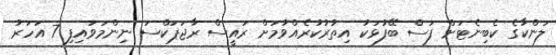
ލަންކާގެ ކެބިނެޓަށް ފަސް ބޭފުޅަކު އިތުރުކުރެއްވުމަށް ރައީސް ރާޖަޕަކްސަ ނިންމަވައިފި 7 އަހަރު